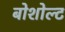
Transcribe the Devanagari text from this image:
बोशोल्ट